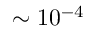
\sim 1 0 ^ { - 4 }